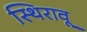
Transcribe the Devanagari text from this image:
स्थिरावू